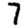
Digit: 7